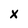
Character: x